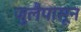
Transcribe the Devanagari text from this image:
जुलैपासून